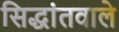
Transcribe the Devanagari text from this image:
सिद्धांतवाले